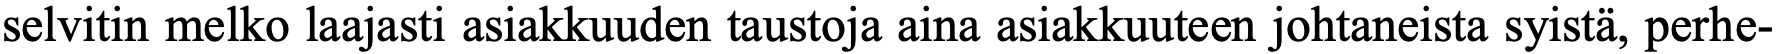
selvitin melko laajasti asiakkuuden taustoja aina asiakkuuteen johtaneista syistä, perhe-